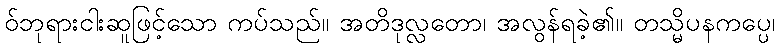
ဝ်ဘုရားငါးဆူဖြင့်သော ကပ်သည်။ အတိဒုလ္လတော၊ အလွန်ရခဲ့၏။ တသ္မိပနကပ္ပေ၊